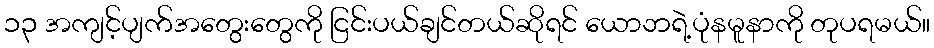
၁၃ အကျင့်ပျက်အတွေးတွေကို ငြင်းပယ်ချင်တယ်ဆိုရင် ယောဘရဲ့ပုံနမူနာကို တုပရမယ်။